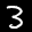
Label: 3